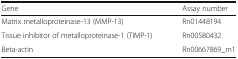
| Gene | Assay number |
 | --- | --- |
 | Matrix metalloproteinase-13 (MMP-13) | Rn01448194 |
 | Tissue inhibitor of metalloproteinase-1 (TIMP-1) | Rn00580432 |
 | Beta-actin | Rn00667869_m1 |